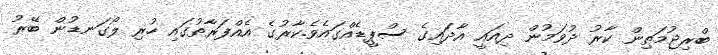
ބްރިޖުމަތިން ކާރު ދުވަމުން ދިއައީ އާދައިގެ ސްޕީޑެއްގައެވެ.ކާރުގެ އެއްފަރާތުގައި ހުރި ލޯގަނޑުން ބޭރު